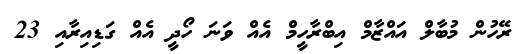
ރޭހުން މުބާލް އައްޒާމް އިބްރާހީމް އެއް ވަނަ ހޯދީ އެއް ގަޑިއިރާއި 23